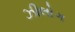
ઝીલોગ